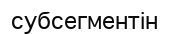
субсегментін